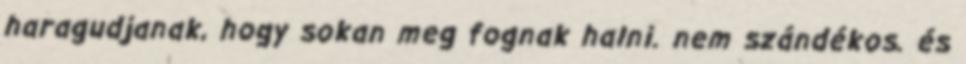
haragudjanak, hogy sokan meg fognak halni. nem szándékos. és